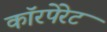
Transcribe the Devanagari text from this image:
काॅरपेरेट